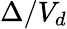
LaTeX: \Delta/V_{d}